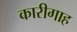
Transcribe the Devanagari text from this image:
कारीगाह